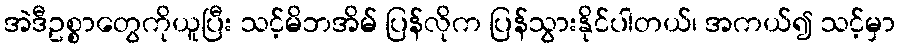
အဲဒီဥစ္စာတွေကိုယူပြီး သင့်မိဘအိမ် ပြန်လိုက ပြန်သွားနိုင်ပါတယ်၊ အကယ်၍ သင့်မှာ